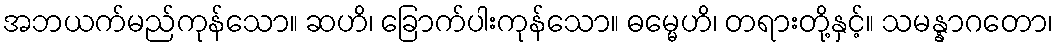
အဘယက်မည်ကုန်သော။ ဆဟိ၊ ခြောက်ပါးကုန်သော။ ဓမ္မေဟိ၊ တရားတို့နှင့်။ သမန္နာဂတော၊